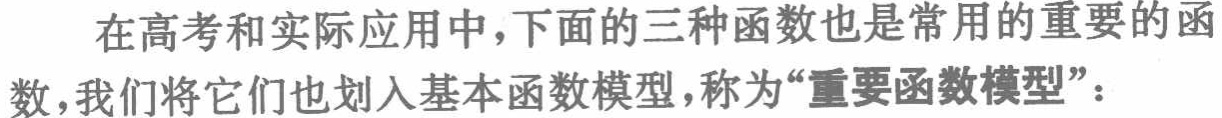
在高考和实际应用中,下面的三种函数也是常用的重要的函数,我们将它们也划入基本函数模型,称为“重要函数模型”：